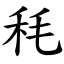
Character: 秏